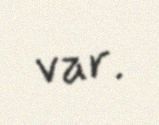
var.